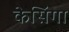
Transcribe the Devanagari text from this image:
केसिंगा